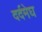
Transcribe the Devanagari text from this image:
दर्दमेघ